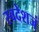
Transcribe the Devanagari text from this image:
स्वदेशजं